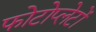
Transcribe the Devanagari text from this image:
फोटोप्लेटों